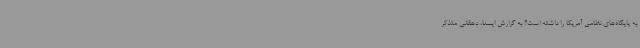
به پایگاه‌های نظامی آمریکا را داشته است؟ به گزارش ایسنا، دهقانی متذکر